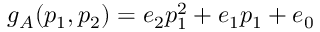
g _ { A } ( p _ { 1 } , p _ { 2 } ) = e _ { 2 } p _ { 1 } ^ { 2 } + e _ { 1 } p _ { 1 } + e _ { 0 }